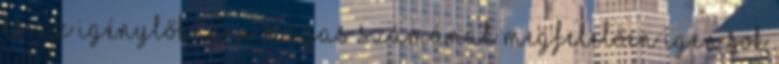
és az igénylők igen magas számának megfelelően igen sok